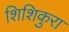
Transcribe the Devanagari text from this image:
शिशिकुरा